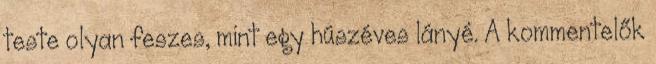
teste olyan feszes, mint egy húszéves lányé. A kommentelők